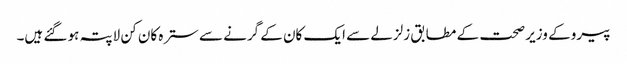
پیرو کے وزیر صحت کے مطابق زلزلے سے ایک کان کے گرنے سے سترہ کان کن لاپتہ ہو گئے ہیں۔